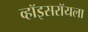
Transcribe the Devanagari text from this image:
व्हॉइसरॉयला